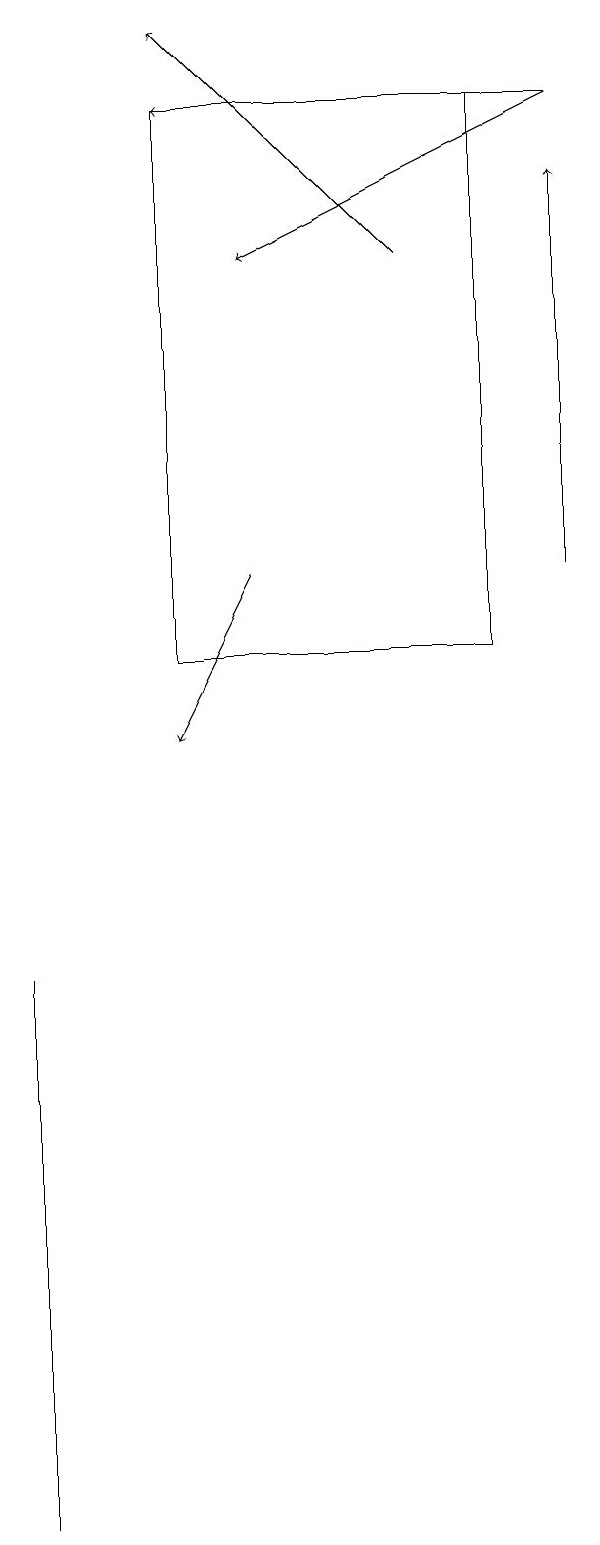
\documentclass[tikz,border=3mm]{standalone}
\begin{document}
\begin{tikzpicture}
\draw[->] (3,12) -- (2,10);
\draw[->] (7,12) -- (7,17);
\draw[->] (7,18) -- (3,16);
\draw[->] (7,18) -- (2,18);
\draw (0,7) -- (0,6) -- (0,0) -- cycle;
\draw (2,18) rectangle (6,11);
\draw[->] (5,16) -- (2,19);
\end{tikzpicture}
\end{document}